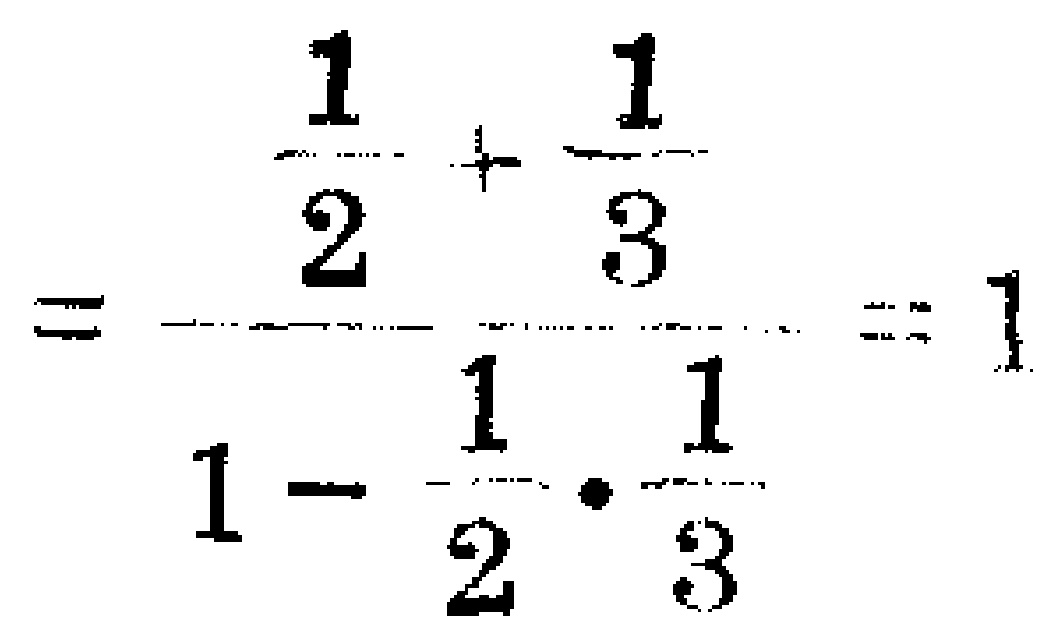
$\frac{\frac{1}{2}+\frac{1}{3}}{1 - \frac{1}{2} \cdot \frac{1}{3}} = 1$